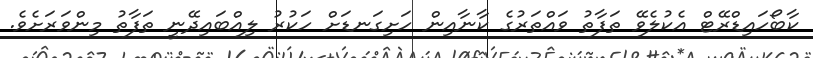
ކާބޯހައިޑްރޭޓް އެކުލެވޭ ތަފާތު ވައްތަރުގެ ކާނާއިން ހަށިގަނޑަށް ހަކުރު ލިއްބައިދޭނީ ތަފާތު މިންވަރަށެވެ.